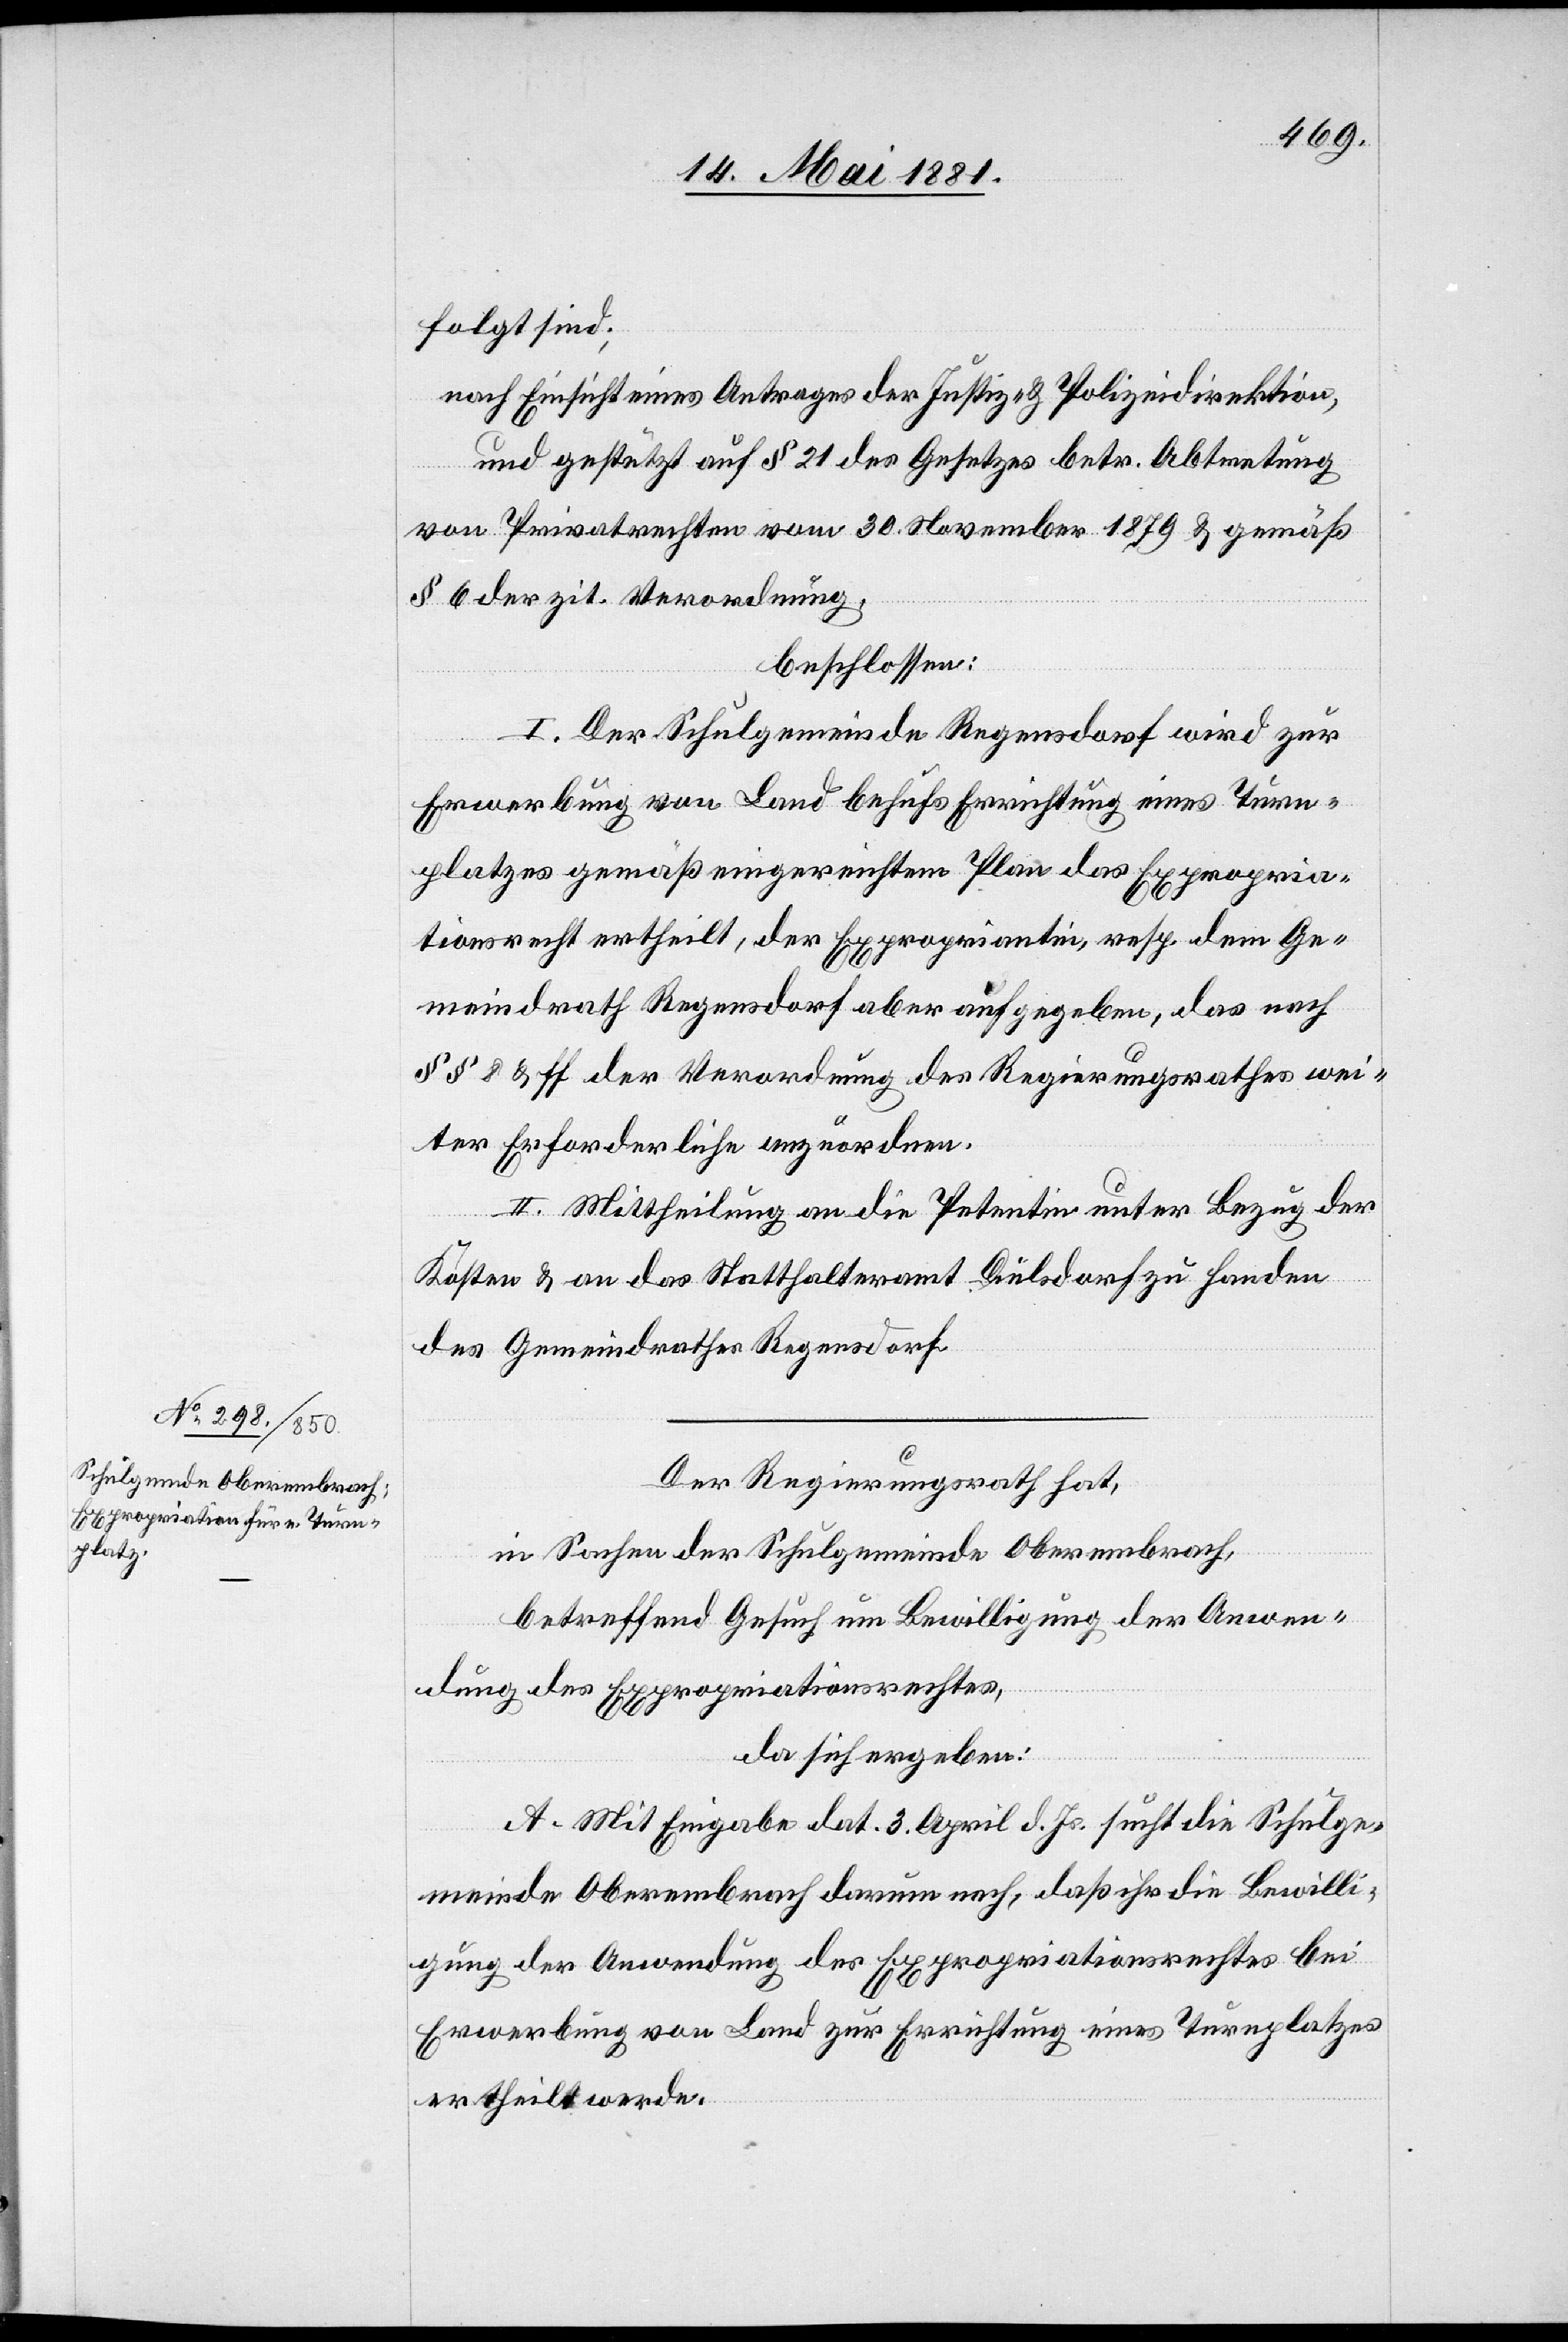
folgt sind;
nach Einsicht eines Antrages der Justiz- & Polizeidirektion,
und gestützt auf § 21 des Gesetzes betr. Abtretung
von Privatrechten vom 30. November 1879 & gemäß
§ 6 der zit. Verordnung,
beschloßen:
I. Der Schulgemeinde Regensdorf wird zur
Erwerbung von Land behufs Errichtung eines Thurn¬
platzes gemäß eingereichtem Plan das Expropria¬
tionsrecht ertheilt, der Expropriantin, resp. dem Ge¬
meindrath Regensdorf aber aufgegeben, das nach
§§ 8 & ff der Verordnung des Regierungsrathes wei¬
ter Erforderliche anzuordnen.
II. Mittheilung an die Petentin unter Bezug der
Kosten & an das Statthalteramt Dielsdorf zu Handen
des Gemeindrathes Regensdorf.
Der Regierungsrath,
in Sachen der Schulgemeinde Oberembrach,
betreffend Gesuch um Bewilligung der Anwen¬
dung des Expropriationsrechtes,
da sich ergeben:
A. Mit Eingabe dat. 3. April d. Js. sucht die Schulge¬
meinde Oberembrach darum nach, daß ihr die Bewilli¬
gung der Anwendung des Expropriationsrechtes bei
Erwerbung von Land zur Errichtung eines Thurnplatzes
ertheilt werde.